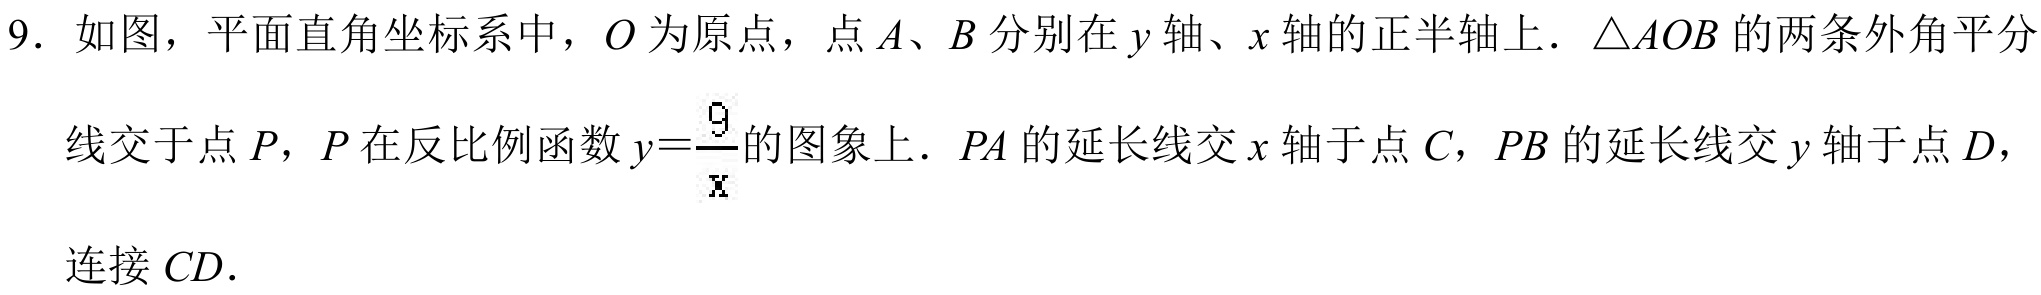
9. 如图，平面直角坐标系中，\(O\)为原点，点\(A\)、\(B\)分别在\(y\)轴、\(x\)轴的正半轴上. \(\triangle AOB\)的两条外角平分线交于点\(P\)，\(P\)在反比例函数\(y = \frac{9}{x}\)的图象上. \(PA\)的延长线交\(x\)轴于点\(C\)，\(PB\)的延长线交\(y\)轴于点\(D\)，连接\(CD\).